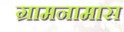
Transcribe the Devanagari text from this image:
ग्रामनामास